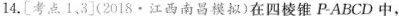
14.[考点1、3](2018·江西南昌模拟)在四棱锥P-ABCD中，